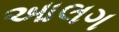
આલગ